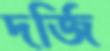
দর্জি